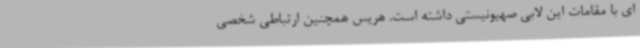
ای با مقامات این لابی صهیونیستی داشته است. هریس همچنین ارتباطی شخصی